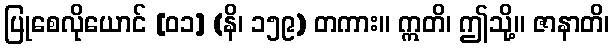
ပြုစေလိုယောင် [၀၁] (နိ၊ ၁၅၉) တကား။ ဣတိ၊ ဤသို့။ ဇာနာတိ၊